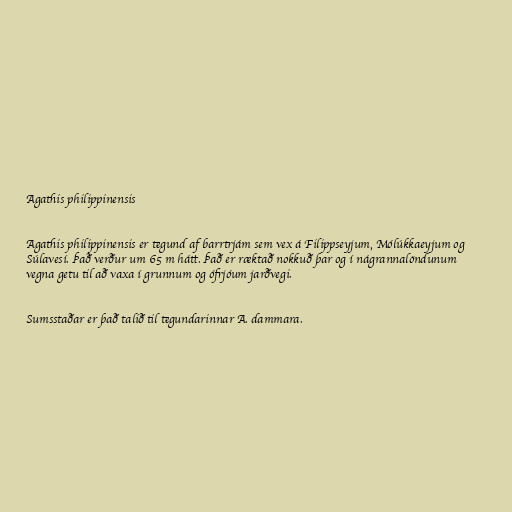
Agathis philippinensis

Agathis philippinensis er tegund af barrtrjám sem vex á Filippseyjum, Mólúkkaeyjum og
Súlavesí. Það verður um 65 m hátt. Það er ræktað nokkuð þar og í nágrannalöndunum
vegna getu til að vaxa í grunnum og ófrjóum jarðvegi.

Sumsstaðar er það talið til tegundarinnar A. dammara.